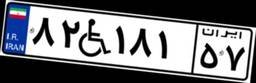
۷۱W۱۸۶۴۱